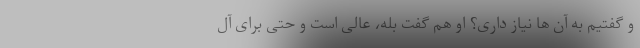
و گفتیم به آن ها نیاز داری؟ او هم گفت بله، عالی است و حتی برای آل